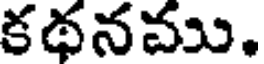
కథనము.